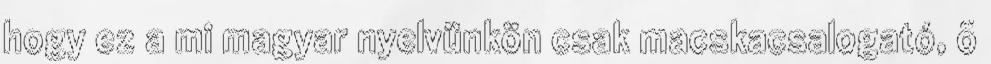
hogy ez a mi magyar nyelvünkön csak macskacsalogató, õ